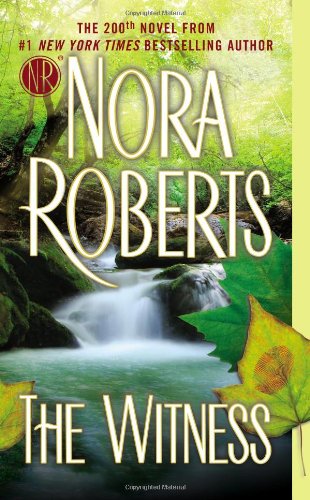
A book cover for The Witness; Nora Roberts; Romance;